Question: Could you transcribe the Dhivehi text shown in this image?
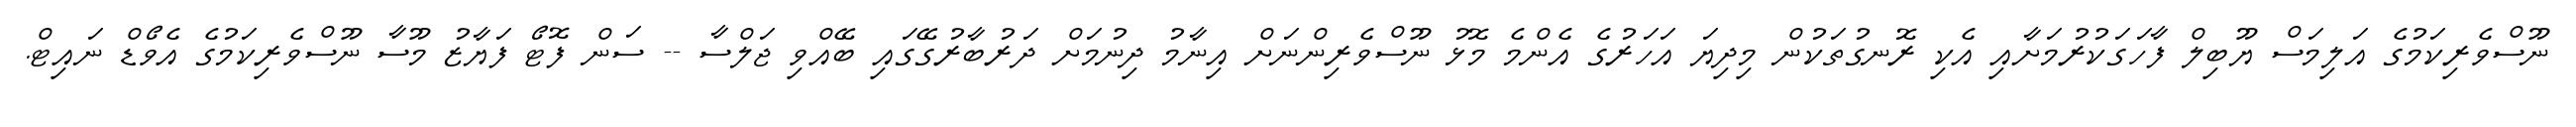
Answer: ނޫސްވެރިކަމުގެ އަލިމަސް ޔޫބިލް ފާހަގަކުރުމަށާއި އެކި ރޮނގުތަކުން މިދިޔަ އަހަރުގެ އެންމެ މޮޅު ނޫސްވެރިންނަށް އިނާމު ދިނުމަށް ދަރުބާރުގޭގައި ބޭއްވި ޖަލްސާ -- ސަން ފޮޓޯ ފަޔާޒު މޫސާ ނޫސްވެރިކަމުގެ އެވޯޑް ނައިޓް.